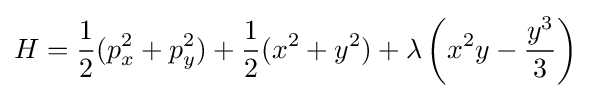
H={\frac {1}{2}}(p_{x}^{2}+p_{y}^{2})+{\frac {1}{2}}(x^{2}+y^{2})+\lambda \left(x^{2}y-{\frac {y^{3}}{3}}\right)